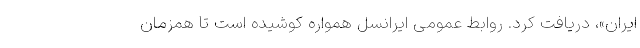
ایران»، دریافت کرد. روابط عمومی ایرانسل همواره کوشیده است تا همزمان